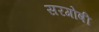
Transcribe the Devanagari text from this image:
सरगोषी